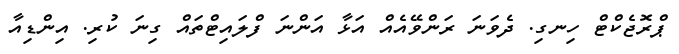
ޕްރޮޖެކްޓް ހިނގި. ދެވަނަ ރަންވޭއެއް އަޅާ އަންނަ ފްލައިޓްތައް ގިނަ ކުރި. އިންޑިއާ